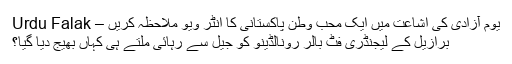
یوم آزادی کی اشاعت میں ایک محب وطن پاکستانی کا انٹر ویو ملاحظہ کریں – Urdu Falak
برازیل کے لیجنڈری فٹ بالر رونالڈینو کو جیل سے رہائی ملتے ہی کہاں بھیج دیا گیا؟